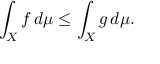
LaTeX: \int _ { X } f \, d \mu \leq \int _ { X } g \, d \mu .